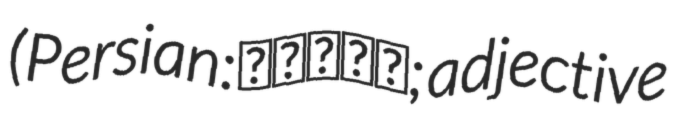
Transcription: (Persian: واعظی; adjective